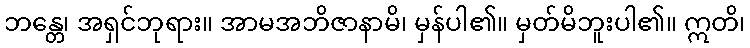
ဘန္တေ၊ အရှင်ဘုရား။ အာမအဘိဇာနာမိ၊ မှန်ပါ၏။ မှတ်မိဘူးပါ၏။ ဣတိ၊